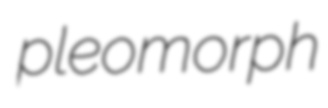
pleomorph